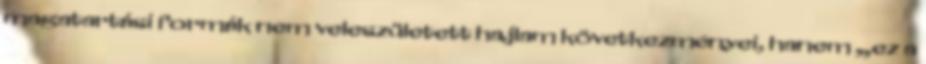
magatartási formák nem veleszületett hajlam következményei, hanem „ez a